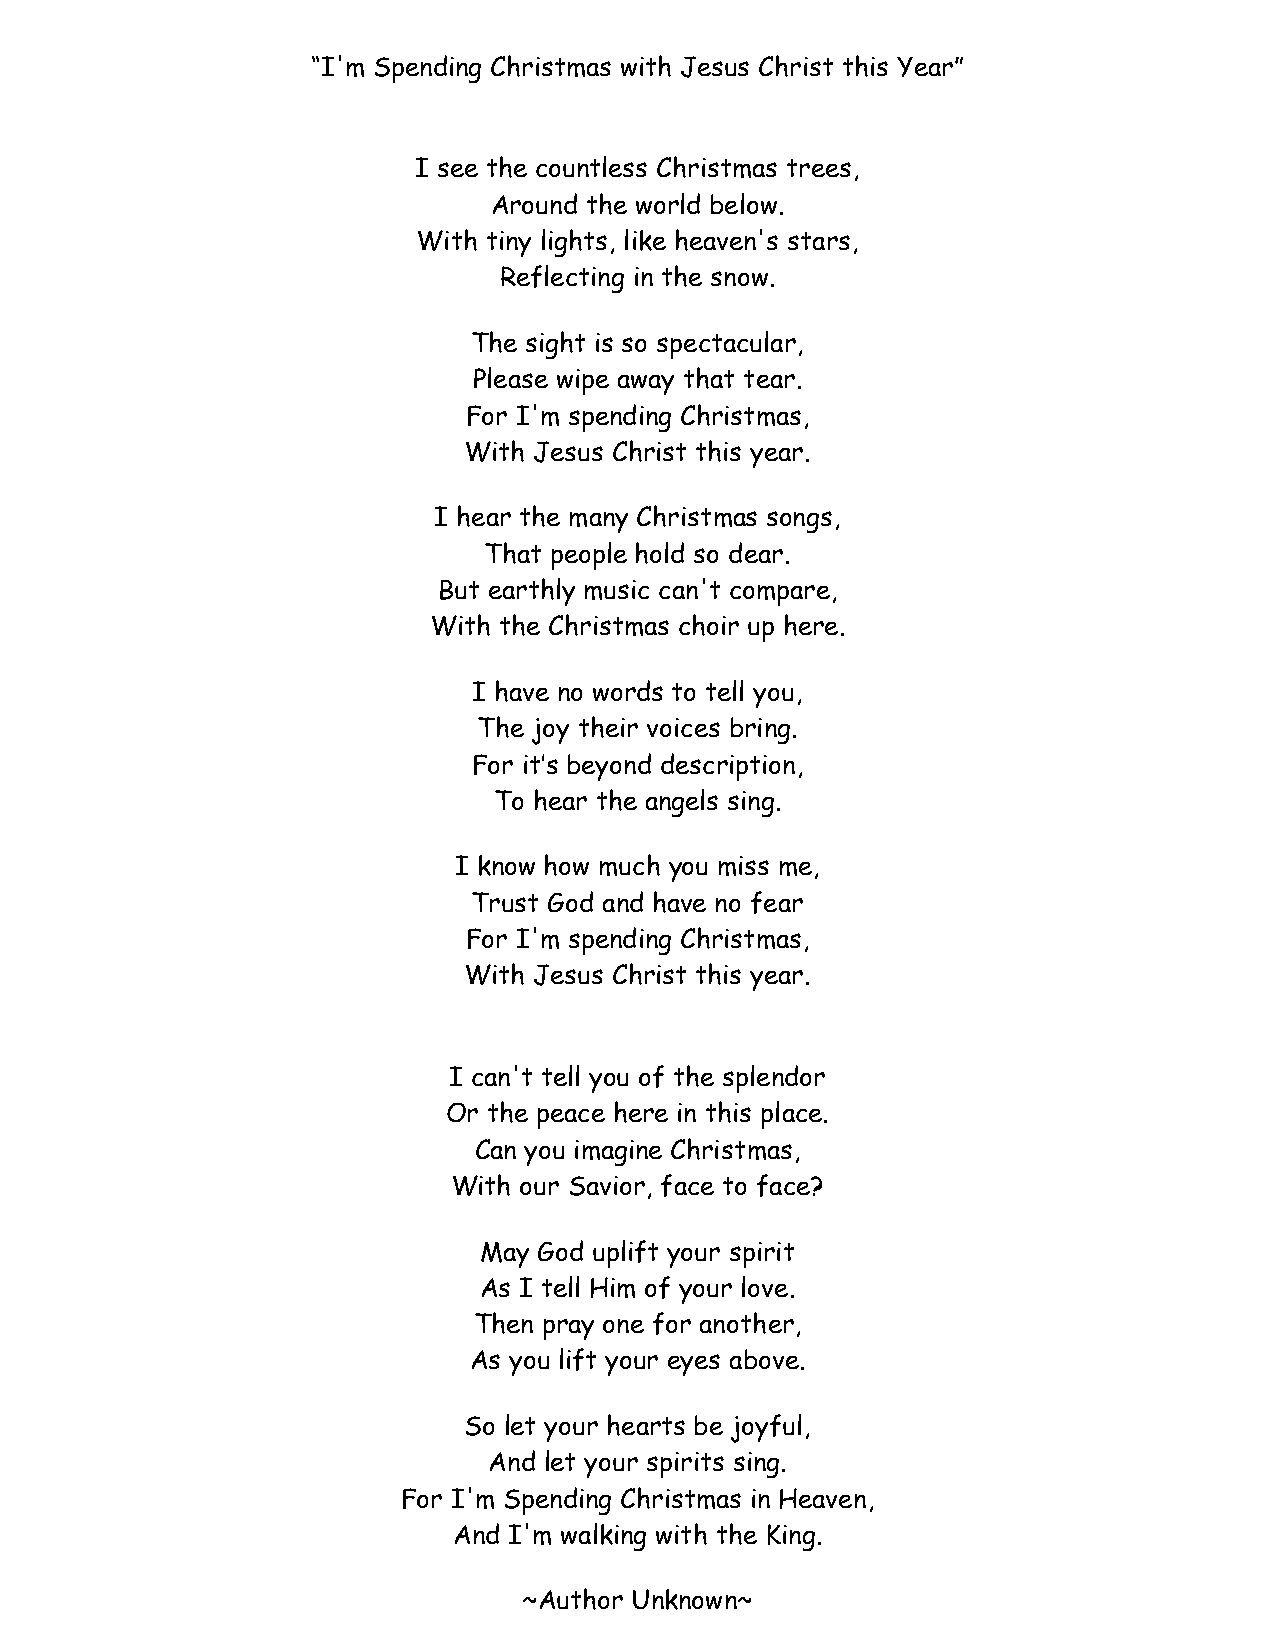
“I'm Spending Christmas with Jesus Christ this Year”
 I see the countless Christmas trees,
 Around the world below.
 With tiny lights, like heaven's stars,
 Reflecting in the snow.
 The sight is so spectacular,
 Please wipe away that tear.
 For I'm spending Christmas,
 With Jesus Christ this year.
 I hear the many Christmas songs,
 That people hold so dear.
 But earthly music can't compare,
 With the Christmas choir up here.
 I have no words to tell you,
 The joy their voices bring.
 For it’s beyond description,
 To hear the angels sing.
 I know how much you miss me,
 Trust God and have no fear
 For I'm spending Christmas,
 With Jesus Christ this year.
 I can't tell you of the splendor
 Or the peace here in this place.
 Can you imagine Christmas,
 With our Savior, face to face?
 May God uplift your spirit
 As I tell Him of your love.
 Then pray one for another,
 As you lift your eyes above.
 So let your hearts be joyful,
 And let your spirits sing.
 For I'm Spending Christmas in Heaven,
 And I'm walking with the King.
 ~Author Unknown~